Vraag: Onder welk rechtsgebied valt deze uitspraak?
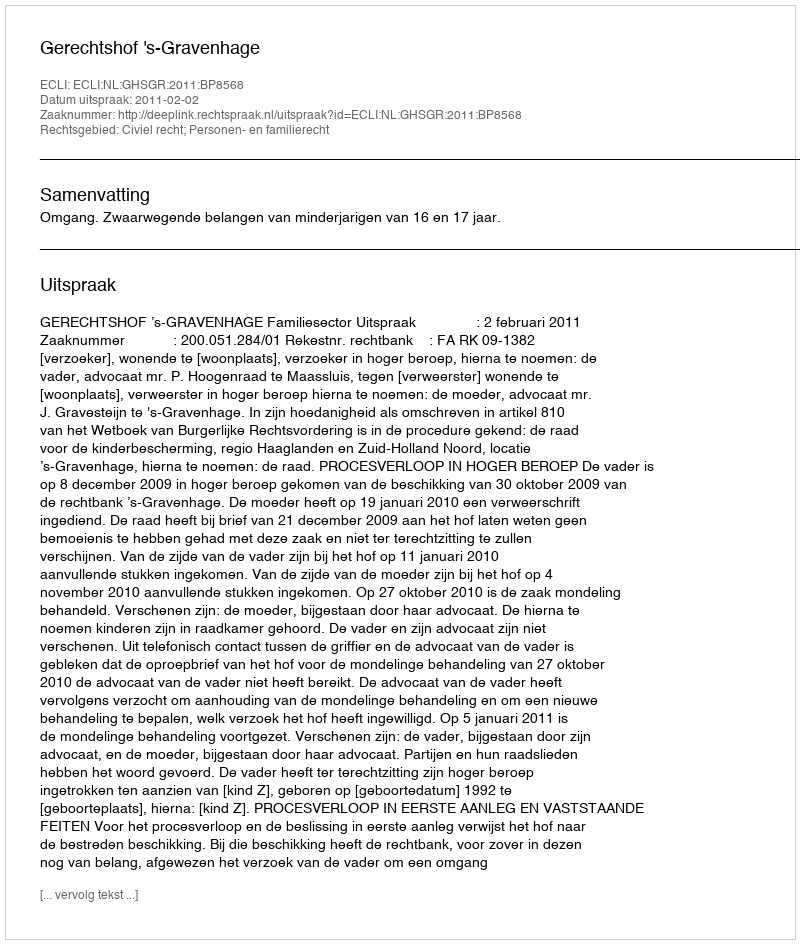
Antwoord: Civiel recht; Personen- en familierecht